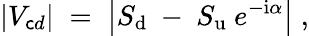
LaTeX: |V_{\mathsf{c}d}|\; =\; \left|S_{\mathrm{{d}}}~-~S_{\mathrm{{u}}}~e^{-\mathrm{{i}}\alpha}\right|\; ,